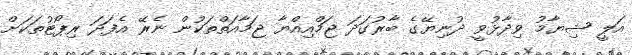
އަލީ ޝިޔާމު ވިދާޅުވީ ދުނިޔޭގެ ބާރުގަދަ ޖަމްއިއްޔާ ޖަމާއަތްތަކުން ނެރޭ އެފަދަ ރިޕޯޓުތަކަށް